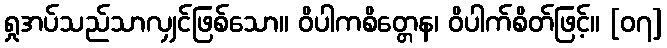
ရှုအပ်သည်သာလျှင်ဖြစ်သော။ ဝိပါကစိတ္တေန၊ ဝိပါက်စိတ်ဖြင့်။ [၀၇]